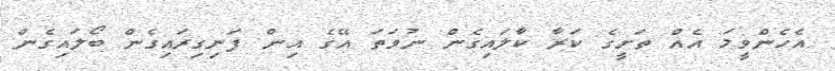
އެހެންވީމަ އެއް ތަށީގެ ކަރާ ކާލައިގެން ނުވަތަ އޭގެ އިން ފަނިގިރައިގެން ބޯލައިގެން